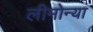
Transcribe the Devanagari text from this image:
लीमोन्या